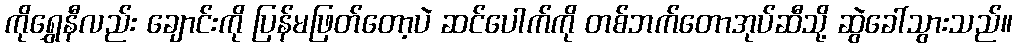
ကိုရွှေနီလည်း ချောင်းကို ပြန်မဖြတ်တော့ပဲ ဆင်ပေါက်ကို တစ်ဘက်တောအုပ်ဆီသို့ ဆွဲခေါ်သွားသည်။